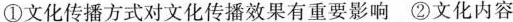
①文化传播方式对文化传播效果有重要影响 ②文化内容